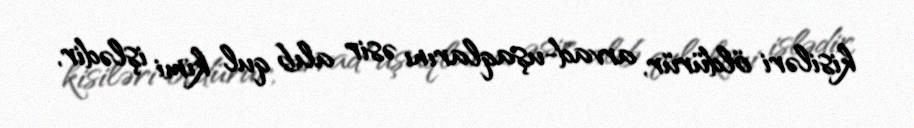
kisiləri öldürür, arvad-uşaqlarını əsir alıb qul kimi işlədir,